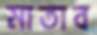
মাতাব